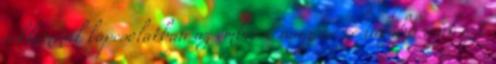
reklámmal kapcsolatban az emberek nagy része inkább csak azt